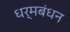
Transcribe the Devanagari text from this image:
धर्मबंधन